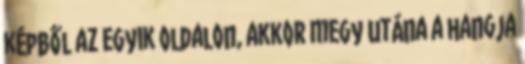
képből az egyik oldalon, akkor megy utána a hangja